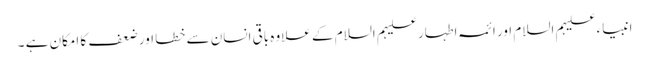
انبیاء علیہم السلام اور ائمہ اطہار علیہم السلام کے علاوہ باقی انسان سے خطا اور ضعف کا امکان ہے ۔